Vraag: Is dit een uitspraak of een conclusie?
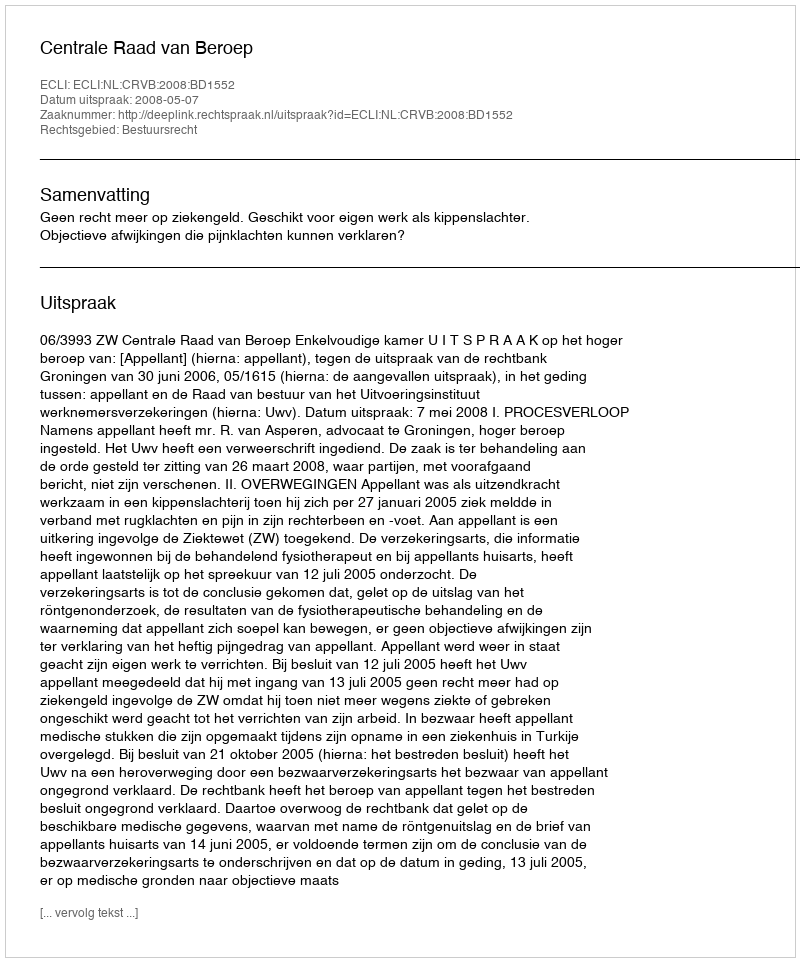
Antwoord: Uitspraak